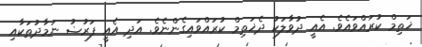
ޚަތިމް ކުރައްވައެވެ. އެއީ ދުވާލަކު ދެޚަތިމް ކުރައްވައިގެންނެވެ. އަދި އެއީ ފަރުޟު ނަމާދުތަކާއި